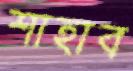
শাহাব